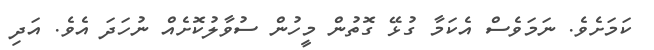
ކަމަށެވެ. ނަމަވެސް އެކަމާ ގުޅޭ ގޮތުން މީހުން ސުވާލުކޮށެއް ނުހަދަ އެވެ. އަދި